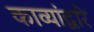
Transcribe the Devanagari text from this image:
काव्यांद्वारे